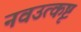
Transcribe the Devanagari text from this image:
नवउत्कृष्ट